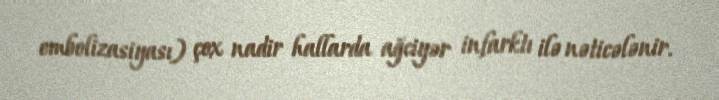
embolizasiyası) çox nadir hallarda ağciyər infarktı ilə nəticələnir.